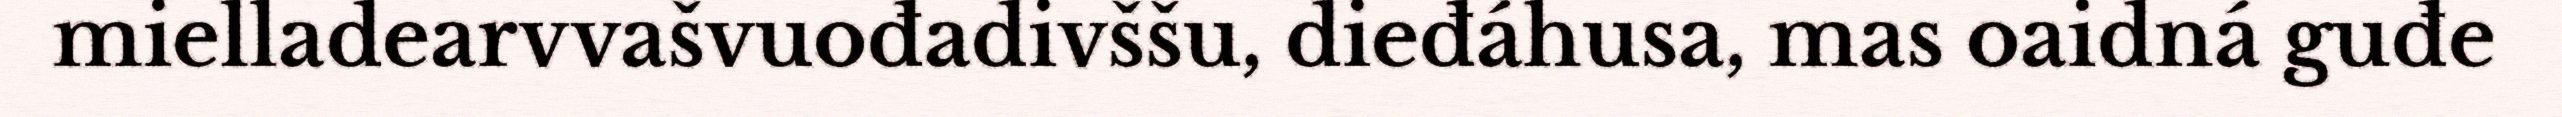
mielladearvvašvuođadivššu, dieđáhusa, mas oaidná guđe